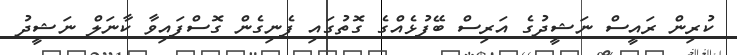
ކުރިން ރައީސް ނަޝީދުގެ އަރިސް ބޭފުޅެއްގެ ގޮތުގައި ފެނިގެން ގޮސްފައިވާ ކާނަލް ނަޝީދު